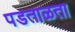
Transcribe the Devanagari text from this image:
पडताळता